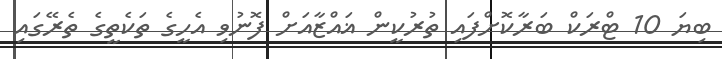
ބިޔަ 10 ޓްރަކް ބަރާކޮށްފައި ތުރުކީން ޣައްޒާއަށް ފޮނުވި އެހީގެ ތަކެތީގެ ތެރޭގައި